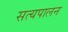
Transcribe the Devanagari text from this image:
सत्यपालन